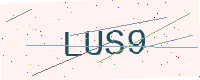
Text: LUS9